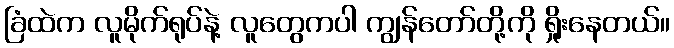
ခြံထဲက လူမိုက်ရုပ်နဲ့ လူတွေကပါ ကျွန်တော်တို့ကို ရှိုးနေတယ်။